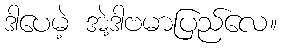
ဒါပေမဲ့ အဲ့ဒါဗမာပြည်လေ။